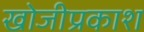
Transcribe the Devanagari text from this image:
खोजीप्रकाश